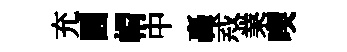
充圓㡌中轟𢦶業喫